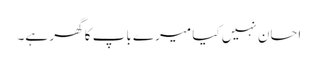
احسان نہیں کیا میرے باپ کا گھر ہے۔